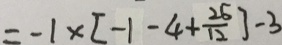
= - 1 \times [ - 1 - 4 + \frac { 2 5 } { 1 2 } ] - 3